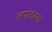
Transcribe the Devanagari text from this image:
लग्नटक्का